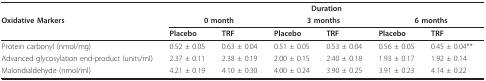
|  | <COLSPAN=6> Duration |
 | Oxidative Markers | <COLSPAN=2> 0 month | <COLSPAN=2> 3 months | <COLSPAN=2> 6 months |
 |  | Placebo | TRF | Placebo | TRF | Placebo | TRF |
 | --- | --- | --- | --- | --- | --- | --- |
 | Protein carbonyl (nmol/mg) | 0.52 ± 0.05 | 0.63 ± 0.04 | 0.51 ± 0.05 | 0.53 ± 0.04 | 0.56 ± 0.05 | 0.45 ± 0.04** |
 | Advanced glycosylation end-product (units/ml) | 2.37 ± 0.11 | 2.38 ± 0.19 | 2.00 ± 0.15 | 2.40 ± 0.18 | 1.93 ± 0.17 | 1.92 ± 0.14 |
 | Malondialdehyde (nmol/ml) | 4.21 ± 0.19 | 4.10 ± 0.30 | 4.00 ± 0.24 | 3.90 ± 0.25 | 3.91 ± 0.23 | 4.14 ± 0.22 |